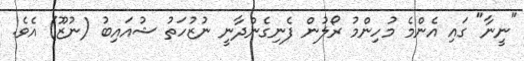
"ނީނާ" ގައި އެންމެ މުހިންމު ރޯލުން ފެނިގެންދާނީ ނުޒުހަތު ޝުއައިބު (ނުޒޫ) އެވެ.